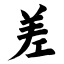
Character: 差